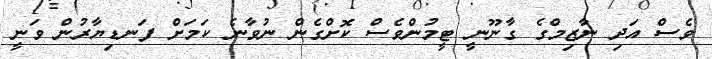
ވެސް އަދި ނާޒިމްގެ ގާނޫނީ ޓީމުންވެސް ކޮށްގެން ނުވާނެ ކަމަށް ފަނޑިޔާރުން ވަނީ